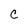
Character: C